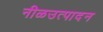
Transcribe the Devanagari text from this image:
नीळउत्पादन